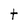
Character: t